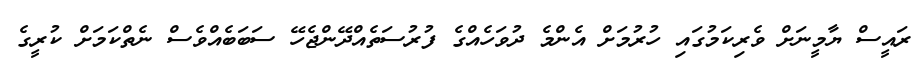
ރައީސް ޔާމީނަށް ވެރިކަމުގައި ހުރުމަށް އެންމެ ދުވަހެއްގެ ފުރުސަތެއްދޭންޖެހޭ ސަބަބެއްވެސް ނެތްކަމަށް ކުރީގެ